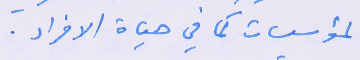
المؤسسات كما في حياة الافراد.